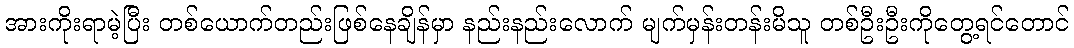
အားကိုးရာမဲ့ပြီး တစ်ယောက်တည်းဖြစ်နေချိန်မှာ နည်းနည်းလောက် မျက်မှန်းတန်းမိသူ တစ်ဦးဦးကိုတွေ့ရင်တောင်